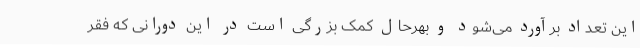
این تعداد برآورد می‌شود و بهرحال کمک بزرگی است در این دورانی که فقر